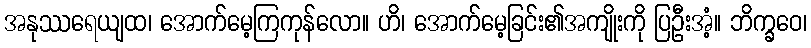
အနုဿရေယျထ၊ အောက်မေ့ကြကုန်လော။ ဟိ၊ အောက်မေ့ခြင်း၏အကျိုးကို ပြဦးအံ့။ ဘိက္ခဝေ၊